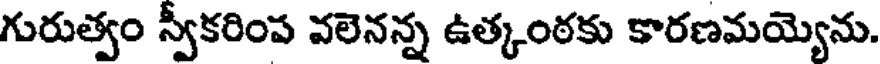
గురుత్వం స్వీకరింప వలెనన్న ఉత్కంఠకు కారణమయ్యెను.